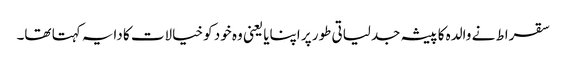
سقراط نے والدہ کا پیشہ جدلیاتی طور پر اپنایا یعنی وہ خود کو خیالات کا دایہ کہتا تھا۔